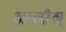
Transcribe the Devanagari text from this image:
अश्लील्